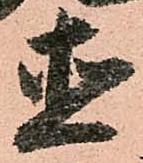
直